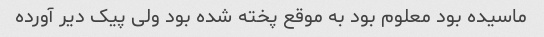
ماسیده بود معلوم بود به موقع پخته شده بود ولی پیک دیر آورده